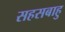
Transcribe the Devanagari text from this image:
सहसबाहु